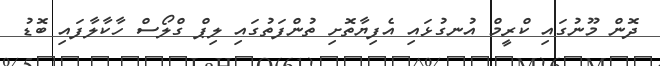
ދޮން މޫނުގައި ކްރީމް އުނގުޅައި އެފިޔާތޮށި ތުންފަތުގައި ލިޕް ގްލޯސް ހާކާލާފައި ބޮޑު